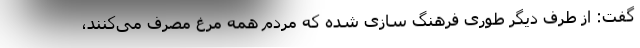
گفت: از طرف دیگر طوری فرهنگ سازی شده که مردم همه مرغ مصرف می‌کنند،